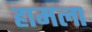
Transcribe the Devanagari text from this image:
हामला